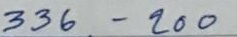
334 - 200